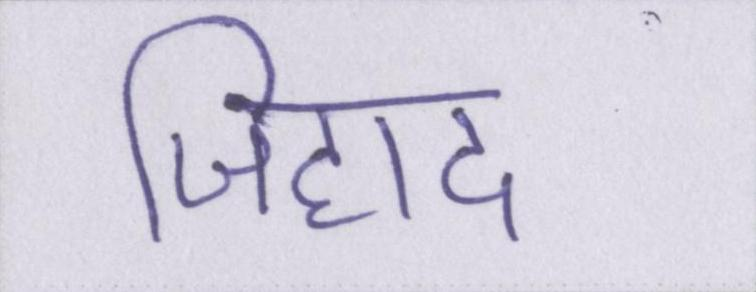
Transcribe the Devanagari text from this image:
जिहाद